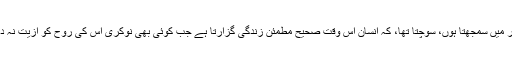
مگر میں سمجھتا ہوں، سوچتا تھا، کہ انسان اس وقت صحیح مطمئن زندگی گزارتا ہے جب کوئی بھی نوکری اس کی روح کو ازیت نہ دے۔